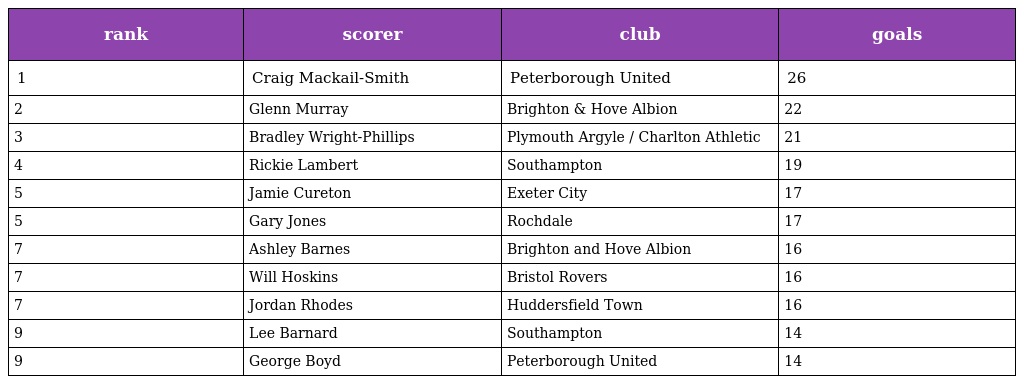
| rank | scorer | club | goals |
 | --- | --- | --- | --- |
 | 1 | Craig Mackail-Smith | Peterborough United | 26 |
 | 2 | Glenn Murray | Brighton & Hove Albion | 22 |
 | 3 | Bradley Wright-Phillips | Plymouth Argyle / Charlton Athletic | 21 |
 | 4 | Rickie Lambert | Southampton | 19 |
 | 5 | Jamie Cureton | Exeter City | 17 |
 | 5 | Gary Jones | Rochdale | 17 |
 | 7 | Ashley Barnes | Brighton and Hove Albion | 16 |
 | 7 | Will Hoskins | Bristol Rovers | 16 |
 | 7 | Jordan Rhodes | Huddersfield Town | 16 |
 | 9 | Lee Barnard | Southampton | 14 |
 | 9 | George Boyd | Peterborough United | 14 |